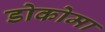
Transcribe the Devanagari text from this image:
डोकोमा